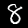
Label: 8